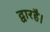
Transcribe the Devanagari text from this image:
द्वारहै।